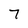
Character: 7